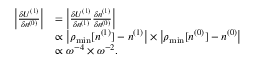
\begin{array} { r l } { \left\vert \frac { \delta { \cal U } ^ { ( 1 ) } } { \delta n ^ { ( 0 ) } } \right\vert } & { = \left\vert \frac { \delta { \cal U } ^ { ( 1 ) } } { \delta n ^ { ( 1 ) } } \frac { \delta n ^ { ( 1 ) } } { \delta n ^ { ( 0 ) } } \right\vert } \\ & { \propto \left\vert \rho _ { \mathrm { m i n } } [ n ^ { ( 1 ) } ] - n ^ { ( 1 ) } \right\vert \times \left\vert \rho _ { \mathrm { m i n } } [ n ^ { ( 0 ) } ] - n ^ { ( 0 ) } \right\vert } \\ & { \propto \omega ^ { - 4 } \times \omega ^ { - 2 } . } \end{array}